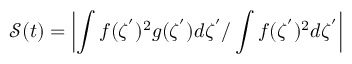
\mathcal { S } ( t ) = \left| \int f ( \zeta ^ { ' } ) ^ { 2 } g ( \zeta ^ { ' } ) d \zeta ^ { ' } / \int f ( \zeta ^ { ' } ) ^ { 2 } d \zeta ^ { ' } \right|